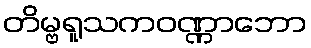
တိမ္ဗရူသကဝဏ္ဏာဘော